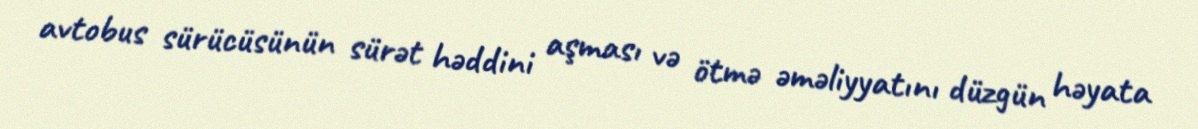
avtobus sürücüsünün sürət həddini aşması və ötmə əməliyyatını düzgün həyata